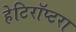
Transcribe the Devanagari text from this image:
हेटिरॉप्टरा